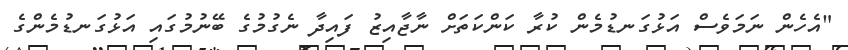
"އެހެން ނަމަވެސް އަޅުގަނޑުމެން ކުރާ ކަންކަތަށް ނާޖާއިޒު ފައިދާ ނެގުމުގެ ބޭނުމުގައި އަޅުގަނޑުމެންގެ